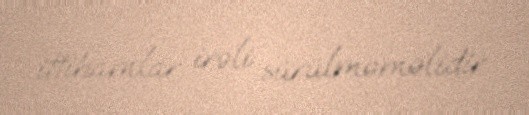
ittihamlar irəli sürülməməlidir.